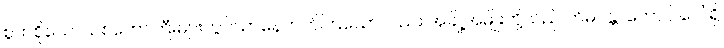
စွတ်စိုသောသစ်တောကြီးများတွင်သာနေတတ်ကြသော်လည်း အချို့အမျိုးတို့သည် ဟိမဝန္တာတောင် ပေါ် ရှိ